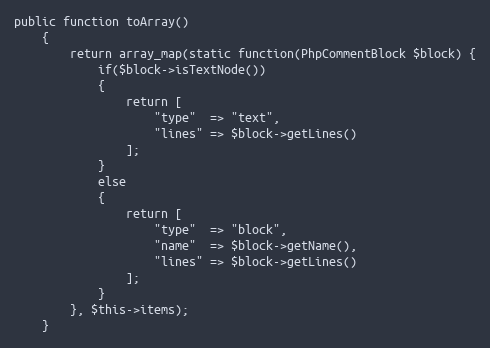
Language: PHP
public function toArray()
	{
		return array_map(static function(PhpCommentBlock $block) {
			if($block->isTextNode())
			{
				return [
					"type"  => "text",
					"lines" => $block->getLines()
				];
			}
			else
			{
				return [
					"type"  => "block",
					"name"  => $block->getName(),
					"lines" => $block->getLines()
				];
			}
		}, $this->items);
	}